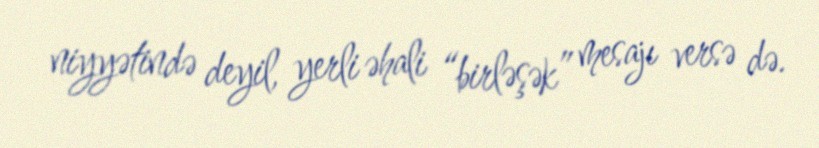
niyyətində deyil, yerli əhali “birləşək” mesajı versə də.